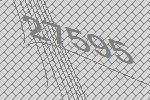
27595